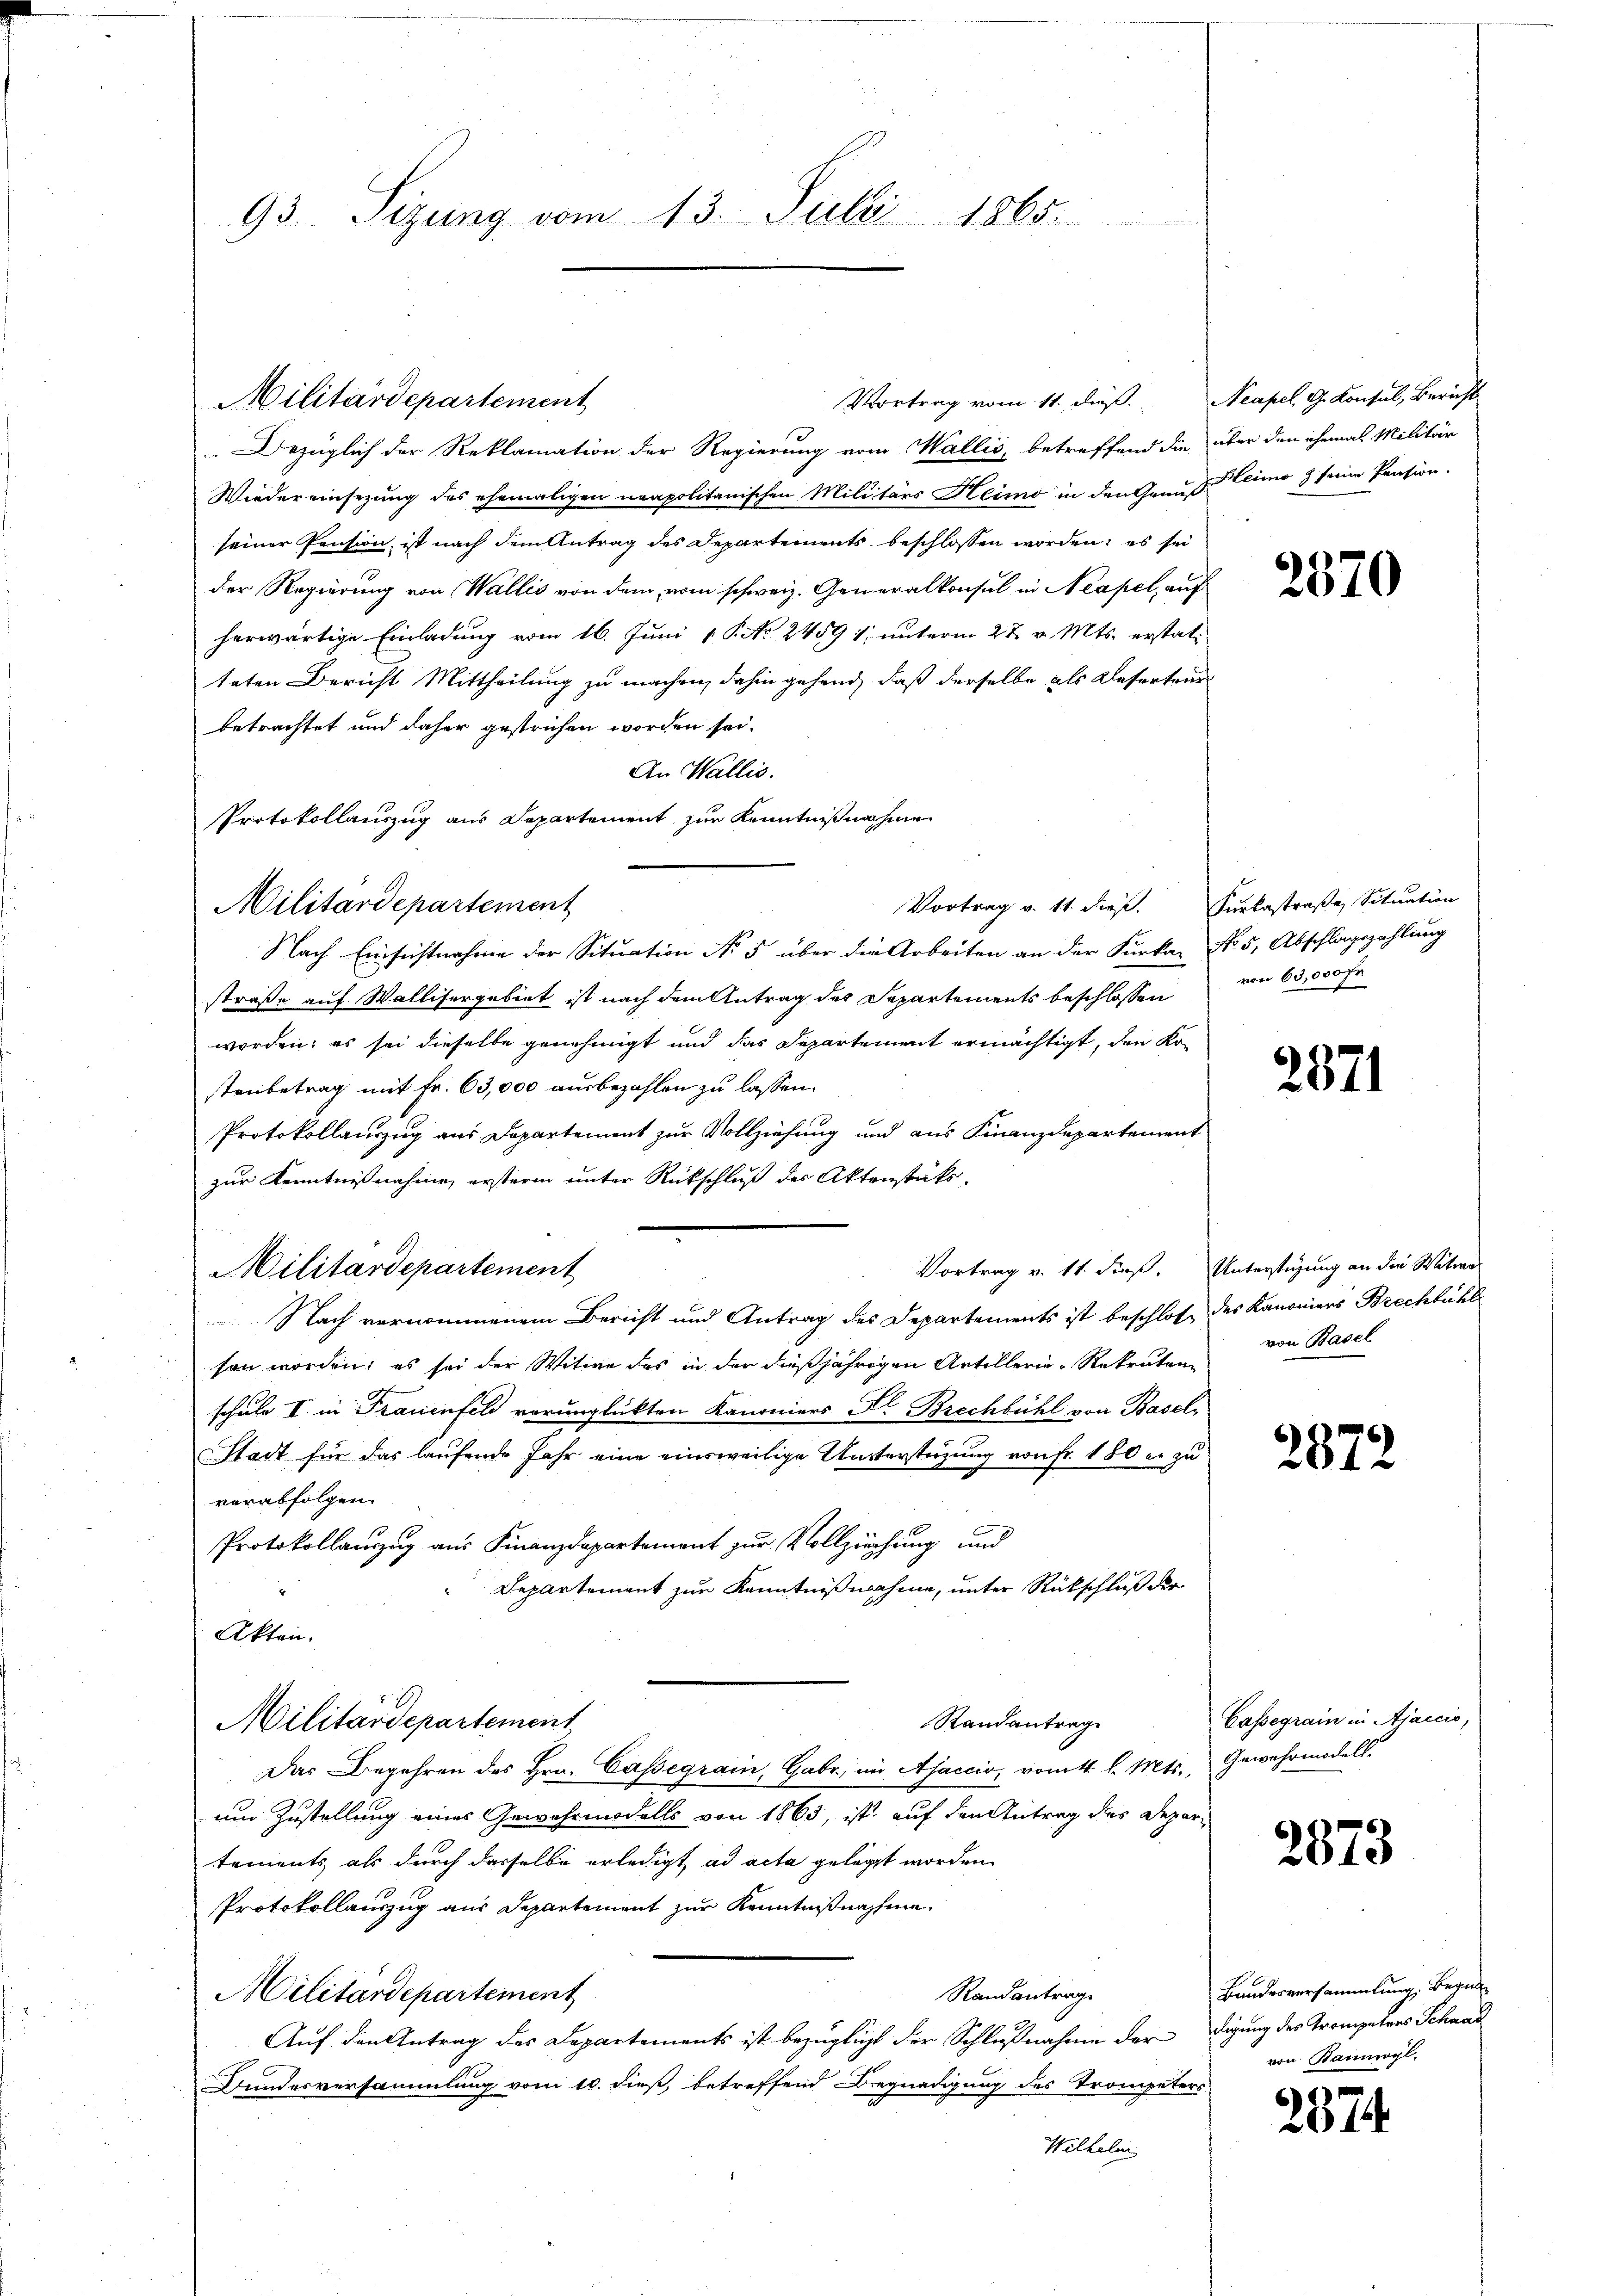
Vortrag vom 11. dieß. Neapel. G. Konsul, Bericht
Militärdepartement
Bezüglich der Reklamation der Regierung vom Wallis, betreffend die über den ihrmals Militär
Wiedereinsezung des ehemaligen neapolitanischen Militärs Heimo in den Genus Leime & seine Pension.
seiner Pension, ist nach dem Antrag des Departements beschlossen worden; es sei
der Regierung von Wallis von dem vom schweiz. Generalkonsul in Neapel, auf
herwärtige Einladung vom 16. Juni 18. No 24591, unterm 22. v. Mts. erstatteten Bericht Mittheilung zu machen, dahin gehend, daß derselbe als Referteur
betrachtet und daher gestrichen worden sei.
An Wallis.
Protokollauszug aus Departement zur Kenntnißnahme
Militärdepartement
Nach Einsichtnahme der Situation No 5 über die Arbeiten an der Furka No. 5, Abschlagszahlung
straße auf Wallisergebiet ist nach dem Antrag des Separtements beschlossen
worden; es sei dieselbe genehmigt und das Departement ermächtigt, den Kostaubetrag mit Fr. 63,000 ausbezahlen zu lassen.
Protokollauszug aus Departement zur Vollziehung und aus Finanzdepartement
zur Kenntnißnahme ersterm unter Rückschluß der Aktenstüks.
Vortrag v. 11. dieß. Unterstüzung an die Witwe
Militärdepartement
Nach vernommenem Bericht und Antrag des Departements ist beschloß des Kanoniers Brechbühl
sen worden; es sei der Witwe des in der dießjährigen Artillerie-Rekruten
schule II in Frauenfeld verunglückten Kanoniers Al. Brechbühl von Basel,
Stadt für das laufende Jahr eine einsweilige Unterstüzung von Fr. 180 er zu
verabfolgen.
Protokollauszug aus Finanzdepartement zur Vollziehung und
Departement zur Kenntnißnahme, unter Rückschluß der
Akten.
Randantrag
Militärdepartement
Das Begehren des Hrn. Cassegrain, Gabr., im Ajaccio, vom 4. l. Mts., Gewehrmodels-
um Zustellung eines Gewehrmodells von 1863, ist auf den Antrag des Departements als durch dasselbe erledigt, ad acta gelegt worden
Protokollauszug aus Departement zur Kenntnißnahme.
Randantrage
Militärdepartement
Auf den Antrag des Departements ist bezüglicht der Schlußnahme der digung des Trompeters Schaad
Bundesversammlung vom 10. dieß, betreffend Begnadigung des Trompeters
Wilhelm

93. Sizung vom 13. Juli 1865.

2570

Vortrag v. 11. dieß. Furkastraße Situation
von 60,000 Fr

2871

von Basel

2872

Cassegrain in Ajaccio,

2873

Banderversammlung, beginvon Raumpl.

2374.